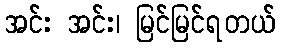
အင်း အင်း၊ မြင်မြင်ရတယ်